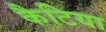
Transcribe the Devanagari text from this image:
कैटिया